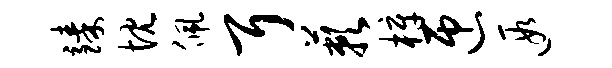
臻忱佩耳蔌梓匝遐